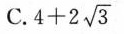
C. $$4 + 2 \sqrt { 3 }$$